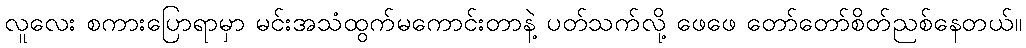
လူလေး စကားပြောရာမှာ မင်းအသံထွက်မကောင်းတာနဲ့ ပတ်သက်လို့ ဖေဖေ တော်တော်စိတ်ညစ်နေတယ်။